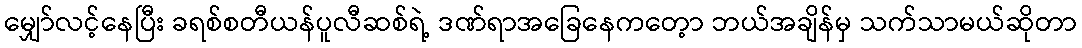
မျှော်လင့်နေပြီး ခရစ်စတီယန်ပူလီဆစ်ရဲ့ ဒဏ်ရာအခြေနေကတေ့ာ ဘယ်အချိန်မှ သက်သာမယ်ဆိုတာ